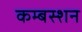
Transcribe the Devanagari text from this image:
कम्बस्शन